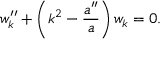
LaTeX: w _ { k } ^ { \prime \prime } + \left( k ^ { 2 } - { \frac { a ^ { \prime \prime } } { a } } \right) w _ { k } = 0 .